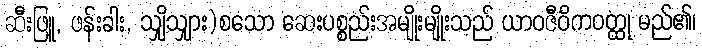
ဆီးဖြူ, ဖန်းခါး, သျှိသျှား)စသော ဆေးပစ္စည်းအမျိုးမျိုးသည် ယာဝဇီဝိကဝတ္ထု မည်၏၊